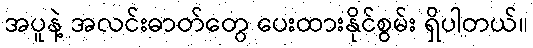
အပူနဲ့ အလင်းဓာတ်တွေ ပေးထားနိုင်စွမ်း ရှိပါတယ်။